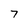
Character: 7